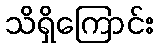
သိရှိကြောင်း